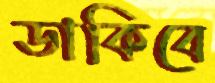
ডাকিবে